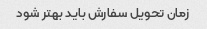
زمان تحویل سفارش باید بهتر شود